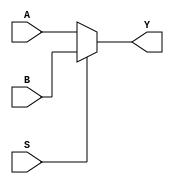
module mux(A,B,S,Y);

    //declaring the input
    //Using A AND B as 2 bit input
    input S;
    input [1:0] A,B;

    //declaring output
    output [1:0] Y;


    //declaring interim signals

    //module initiation 

    //Logic Design
    //Ternary Operator
    // (condition) ? first_value : second_value
    assign Y = (S == 1'b0) ? A : B;


endmodule